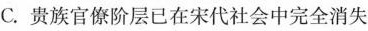
C.贵族官僚阶层已在宋代社会中完全消失